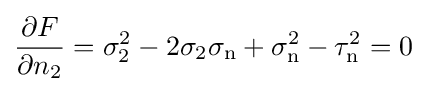
{\frac {\partial F}{\partial n_{2}}}=\sigma _{2}^{2}-2\sigma _{2}\sigma _{\text{n}}+\sigma _{\text{n}}^{2}-\tau _{\text{n}}^{2}=0